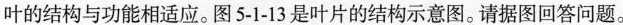
叶的结构与功能相适应。图5-1-13是叶片的结构示意图。请据图回答问题。